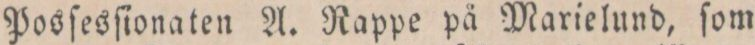
Posſesſionaten A. Rappe på Marielund, ſom